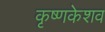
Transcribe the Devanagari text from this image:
कृष्णकेशव